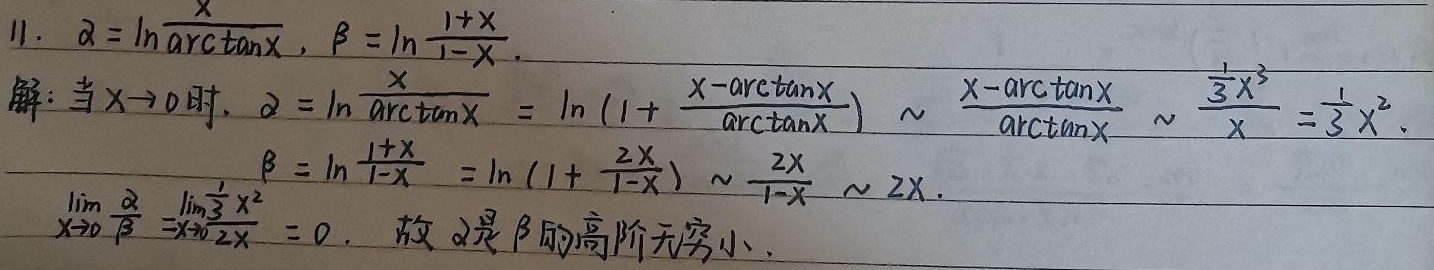
11. $\alpha=\ln\frac{x}{\arctan x},\beta = \ln\frac{1 + x}{1 - x}$.
解：当 $x\rightarrow0$ 时，
\[
\begin{align*}
\alpha&=\ln\frac{x}{\arctan x}=\ln\left(1+\frac{x - \arctan x}{\arctan x}\right)\sim\frac{x - \arctan x}{\arctan x}\sim\frac{\frac{1}{3}x^{3}}{x}=\frac{1}{3}x^{2}.\\
\beta&=\ln\frac{1 + x}{1 - x}=\ln\left(1+\frac{2x}{1 - x}\right)\sim\frac{2x}{1 - x}\sim2x.
\end{align*}
\]
\[
\lim_{x\rightarrow0}\frac{\alpha}{\beta}=\lim_{x\rightarrow0}\frac{\frac{1}{3}x^{2}}{2x}=0.
\]
故 $\alpha$ 是 $\beta$ 的高阶无穷小.